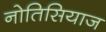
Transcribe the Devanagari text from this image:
नोतिसियाज